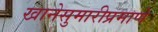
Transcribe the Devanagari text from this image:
खानेसुमारीप्रमाणे